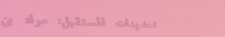
تعدينات المستقبل: مواد بن